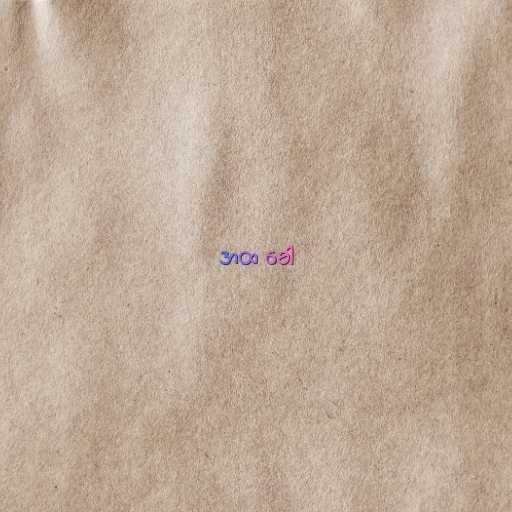
အထ ခေါ